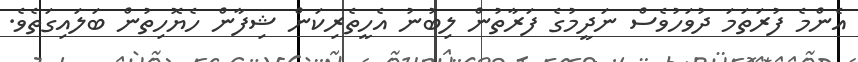
އެންމެ ފުރަތަމަ ދުވަހުވެސް ނަދީމުގެ ފަރާތުން ލިބުނު އެހީތެރިކަން ޝިފާން ހެޔޮހިތުން ބަލައިގަތެވެ.